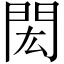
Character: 閎